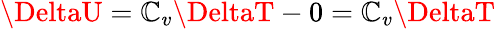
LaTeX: \DeltaU=\mathbb{C}_{v}\DeltaT-0=\mathbb{C}_{v}\DeltaT